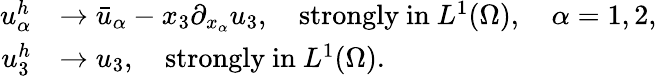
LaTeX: \begin{array}{rl}{u_{\alpha}^{h}}&{\to\bar{u}_{\alpha}-x_{3}\partial_{x_{\alpha}}u_{3},\quad\mathrm{strongly~in~}L^{1}(\Omega),\quad\alpha=1,2,}\\ {u_{3}^{h}}&{\to u_{3},\quad\mathrm{strongly~in~}L^{1}(\Omega).}\end{array}